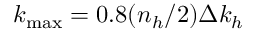
k _ { \operatorname* { m a x } } = 0 . 8 ( n _ { h } / 2 ) \Delta k _ { h }